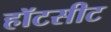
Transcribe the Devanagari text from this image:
हॉटसीट